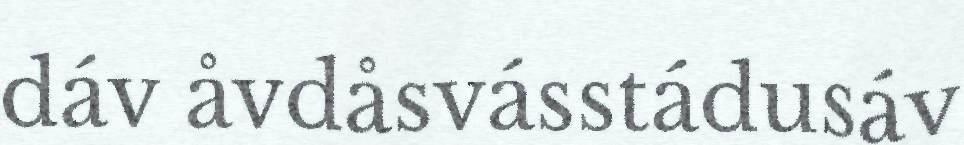
dáv åvdåsvásstádusáv